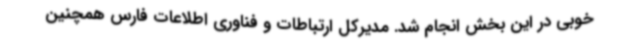
خوبی در این بخش انجام شد. مدیرکل ارتباطات و فناوری اطلاعات فارس همچنین